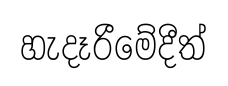
හැදෑරීමේදීත්